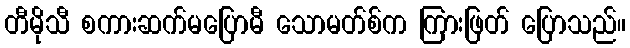
တီမိုသီ စကားဆက်မပြောမီ သောမတ်စ်က ကြားဖြတ် ပြောသည်။